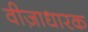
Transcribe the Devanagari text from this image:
वीज़ाधारक